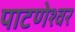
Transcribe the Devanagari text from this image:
पाटणेश्वर